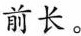
前长。